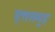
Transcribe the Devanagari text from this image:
वृत्तसमूह